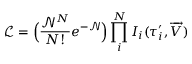
\mathscr { L } = \Big ( \frac { \mathscr { N } ^ { N } } { N ! } e ^ { - \mathscr { N } } \Big ) \prod _ { i } ^ { N } I _ { i } ( { \tau } _ { i } ^ { \prime } , \overrightarrow { V } )